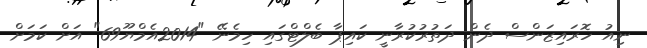
ނިއު ހޮރައިޒަންސް ދެން ދަތުރުކުރާނީ ކައިޕާ ބެލްޓްގައި ހިމެނޭ "2014އެމްޔޫ69" އަށް ކަމަށް